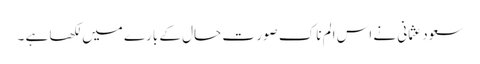
سعود عثمانی نے اس الم ناک صور ت حال کے بارے میں لکھا ہے ۔